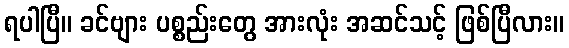
ရပါပြီ။ ခင်ဗျား ပစ္စည်းတွေ အားလုံး အဆင်သင့် ဖြစ်ပြီလား။